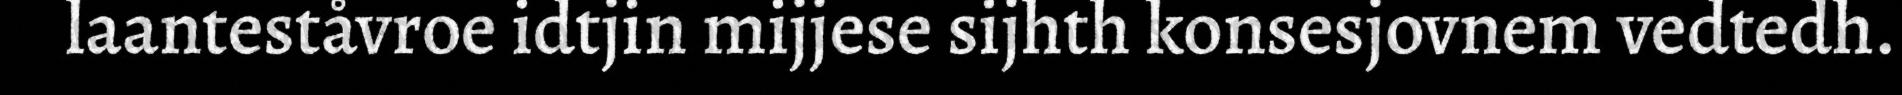
laanteståvroe idtjin mijjese sijhth konsesjovnem vedtedh.